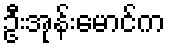
ဦးအုန်းမောင်က